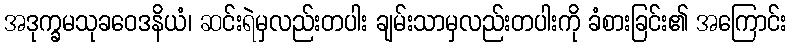
အဒုက္ခမသုခဝေဒနိယံ၊ ဆင်းရဲမှလည်းတပါး ချမ်းသာမှလည်းတပါးကို ခံစားခြင်း၏ အကြောင်း